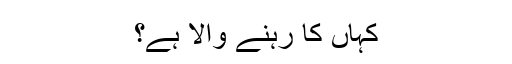
کہاں کا رہنے والا ہے؟